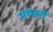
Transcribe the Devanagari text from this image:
मच्‍छरों